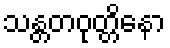
သန္တတဝုတ္တိနော